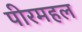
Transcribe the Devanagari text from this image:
पीरमहल